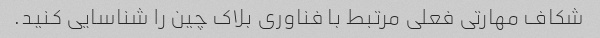
شکاف مهارتی فعلی مرتبط با فناوری بلاک چین را شناسایی کنید.